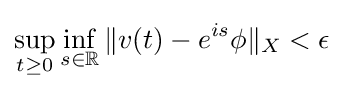
\sup _{t\geq 0}\inf _{s\in \mathbb {R} }\Vert v(t)-e^{is}\phi \Vert _{X}<\epsilon